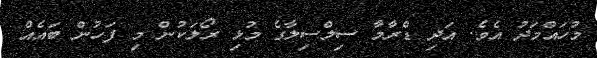
މުހައްމަދު އެވެ. އަދި ޑްރާމާ ސިލްސިލާގެ މުޅި ރޯލަކުން މި ފަހުން ބައެއް